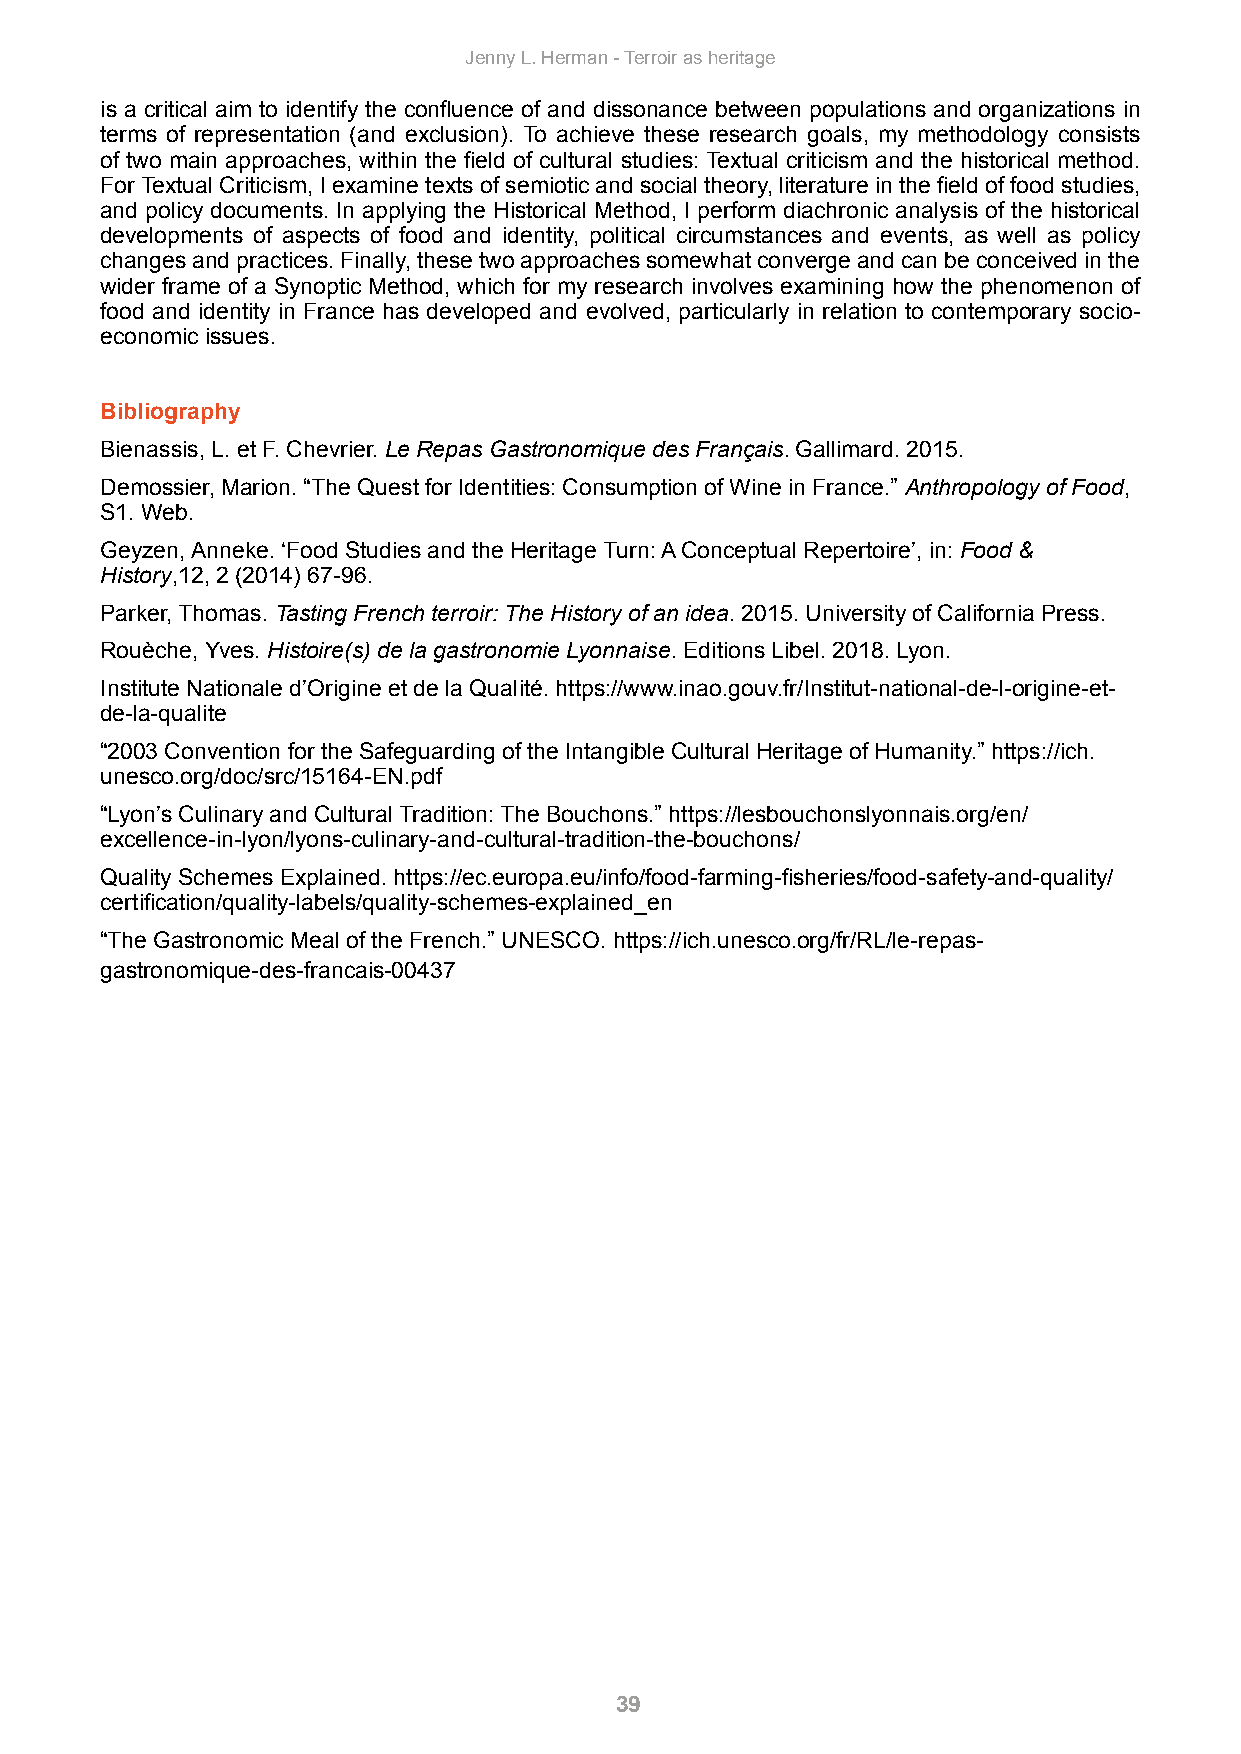
Jenny L. Herman - Terroir as heritage
 is a critical aim to identify the confluence of and dissonance between populations and organizations in
 terms of representation (and exclusion). To achieve these research goals, my methodology consists
 of two main approaches, within the field of cultural studies: Textual criticism and the historical method.
 For Textual Criticism, I examine texts of semiotic and social theory, literature in the field of food studies,
 and policy documents. In applying the Historical Method, I perform diachronic analysis of the historical
 developments of aspects of food and identity, political circumstances and events, as well as policy
 changes and practices. Finally, these two approaches somewhat converge and can be conceived in the
 wider frame of a Synoptic Method, which for my research involves examining how the phenomenon of
 food and identity in France has developed and evolved, particularly in relation to contemporary socio-
 economic issues.
 Bibliography
 Bienassis, L. et F. Chevrier. Le Repas Gastronomique des Français. Gallimard. 2015.
 Demossier, Marion. “The Quest for Identities: Consumption of Wine in France.” Anthropology of Food,
 S1. Web.
 Geyzen, Anneke. ‘Food Studies and the Heritage Turn: A Conceptual Repertoire’, in: Food &
 History,12, 2 (2014) 67-96.
 Parker, Thomas. Tasting French terroir: The History of an idea. 2015. University of California Press.
 Rouèche, Yves. Histoire(s) de la gastronomie Lyonnaise. Editions Libel. 2018. Lyon.
 Institute Nationale d’Origine et de la Qualité. https://www.inao.gouv.fr/Institut-national-de-l-origine-et-
 de-la-qualite
 “2003 Convention for the Safeguarding of the Intangible Cultural Heritage of Humanity.” https://ich.
 unesco.org/doc/src/15164-EN.pdf
 “Lyon’s Culinary and Cultural Tradition: The Bouchons.” https://lesbouchonslyonnais.org/en/
 excellence-in-lyon/lyons-culinary-and-cultural-tradition-the-bouchons/
 Quality Schemes Explained. https://ec.europa.eu/info/food-farming-fisheries/food-safety-and-quality/
 certification/quality-labels/quality-schemes-explained_en
 “The Gastronomic Meal of the French.” UNESCO. https://ich.unesco.org/fr/RL/le-repas-
 gastronomique-des-francais-00437
 39